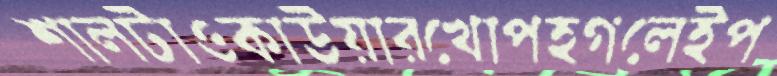
শালটাওকাউয়ারখোপহগলেইপ